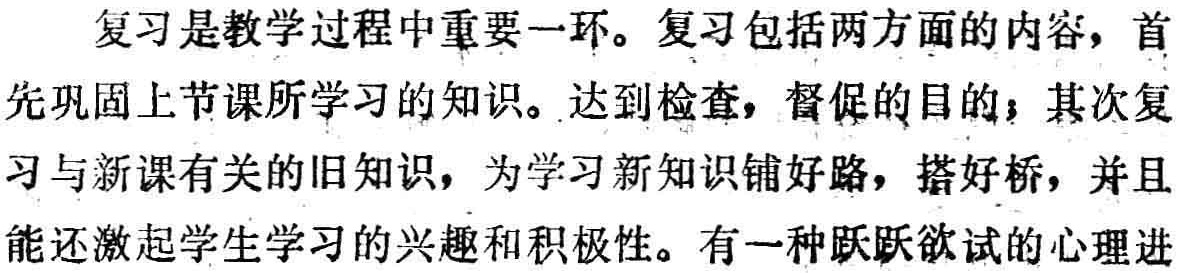
复习是教学过程中重要一环。复习包括两方面的内容，首先巩固上节课所学习的知识。达到检查，督促的目的；其次复习与新课有关的旧知识，为学习新知识铺好路，搭好桥，并且能还激起学生学习的兴趣和积极性。有一种跃跃欲试的心理进